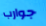
جوارب